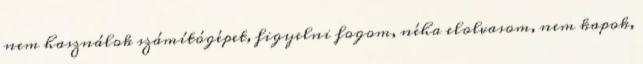
nem használok számítógépet, figyelni fogom, néha elolvasom, nem kapok,